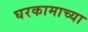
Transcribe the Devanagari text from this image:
घरकामाच्या